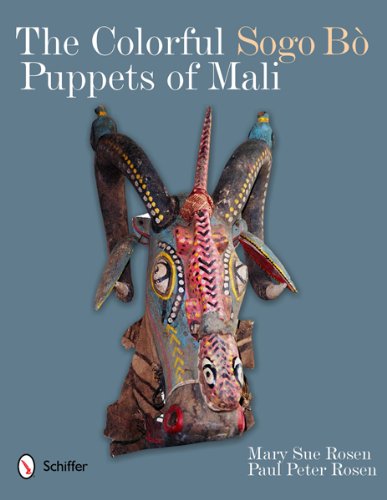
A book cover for The Colorful Sogo Bo Puppets of Mali; Mary Sue Rosen; Crafts, Hobbies & Home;